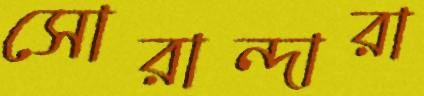
সোরান্দারা